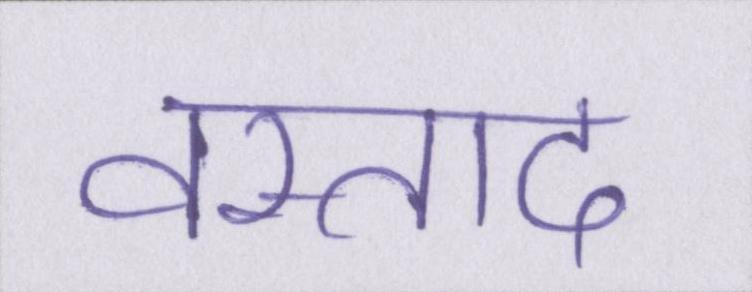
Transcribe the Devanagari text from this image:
वस्ताद